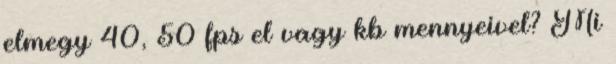
elmegy 40, 50 fps el vagy kb mennyeivel? Mi